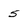
Character: 5